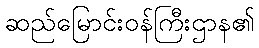
ဆည်မြောင်းဝန်ကြီးဌာန၏